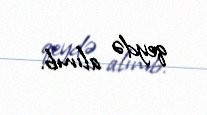
qeydə alınıb.